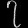
Digit: ၇